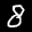
Label: 8